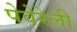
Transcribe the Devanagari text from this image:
पेवेरेली